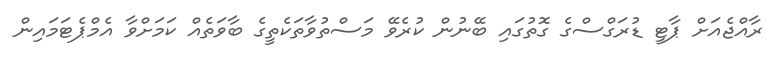
ރާއްޖެއަށް ޕާޓީ ޑުރަގްސްގެ ގޮތުގައި ބޭނުން ކުރެވޭ މަސްތުވާތަކެތީގެ ބާވަތެއް ކަމަށްވާ އެމްޕެޓަމައިން